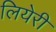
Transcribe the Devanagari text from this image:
लियेरी